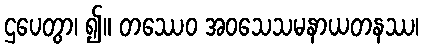
ဌပေတွာ၊ ၍။ တဿေဝ အဝသေသမနာယတနဿ၊